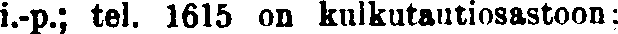
i.-p.; tel. 1615 on kulkutautiosastoon;